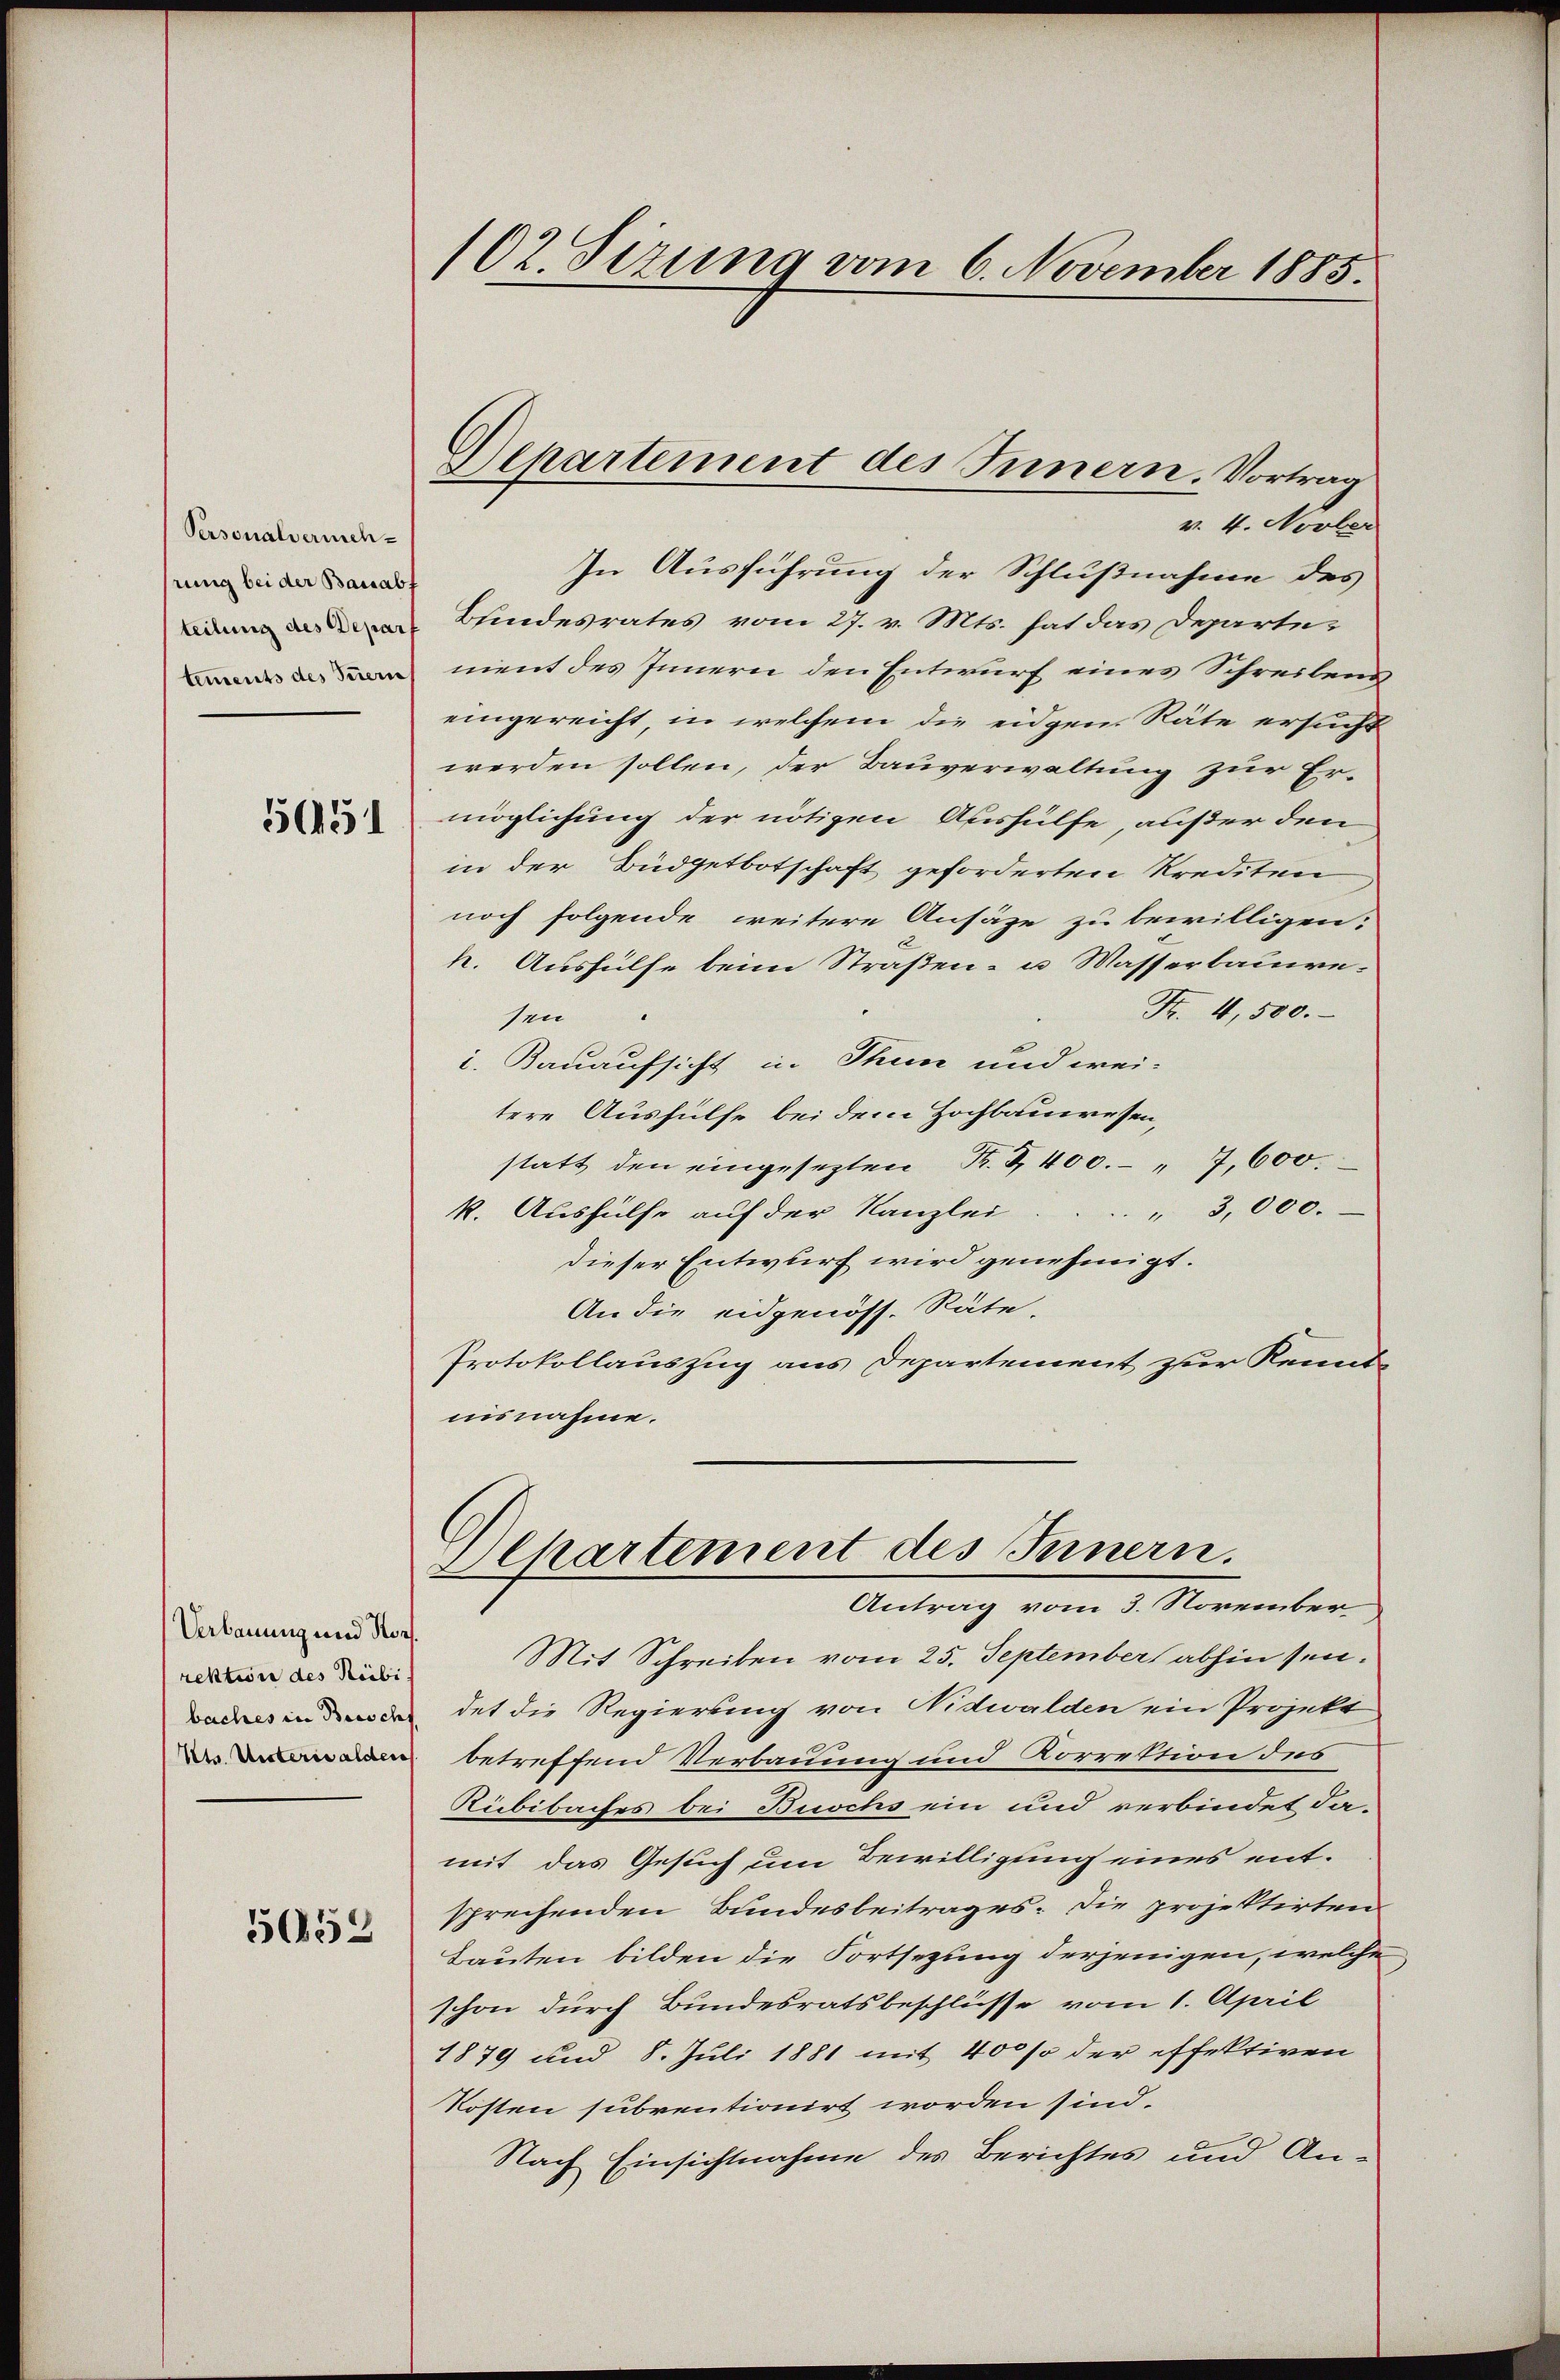
Personalvermehrung bei der Bauabt
teilung des Deparf
tements des Sutern
51451

Verbauung und Horf.
rektion des Reibi
baches in Beischf

5052

102. Sizung vom 6. November 1885.

Departement des Innern. Vortrag

v. 4. Novber
In Ausführung der Schlußnahme des
Bundesrates vom 27. v. Mts. hat das Departement des Innern den Entwurf eines Schreibens
eingereicht, in welchem die eidgen. Räte ersucht
werden sollen, der Bauverwaltung zur Er-
möglichung der nötigen Aushülfe, außer den
in der Büdgetbotschaft geforderten Krediten
noch folgende weitere Ansäze zu bewilligen;
k. Aushülfe beim Straßen- u. Wasserbauwe¬
Fr. 4,500.
sen
1. Bauaufsicht in Thun und wei-
tere Aushülfe bei dem Hochbauwesen,
statt den eingesetzten R. 3400. " 7,600.
" 3,000.
k. Aushülfe auf der Kanzlei
dieser Entwurf wird genehmigt.
An die eidgenöss. Räte,
Protokollauszug aus Departement zur Kennt-
nisnahme.

Separtement des Innern.
Antrag vom 3. November

Mit Schreiben vom 25. September abhin sein.
det die Regierung von Nidwalden ein Projekt
 betreffend Verbauung und Korrektion des
Rübibaches bei Buschs ein und verbindet da-
mit das Gesuch um Bewilligung eines entsprechenden Bundesbeitrages. Die projektirten
Bauten bilden die Fortsezung derjenigen, welche
schon durch Bundesratsbeschlüsse vom 1. April
1879 und 8. Juli 1881 mit 400 so der effektiven
Kosten subventionirt worden sind.
Nach Einsichtnahme des Berichtes und An¬